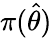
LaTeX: \pi({\widehat{\theta}})